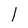
Character: I